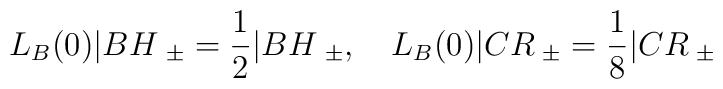
L_B(0)|BH\>_{\pm} = \frac {1}{2} |BH\>_{\pm},\quad L_B(0)|CR\>_{\pm} = \frac {1}{8}|CR\>_{\pm}